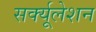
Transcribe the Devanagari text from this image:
सर्क्यूलेशन